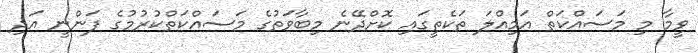
ވީމާ މި މަސައްކަތް އަމިއްލަ ތަކެތީގައި ކޮށްދޭނެ މިބާވަތުގެ މަސައްކަތްކުރުމުގެ ފަންނީ އަދި